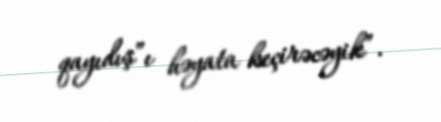
qayıdış”ı həyata keçirəcəyik”.